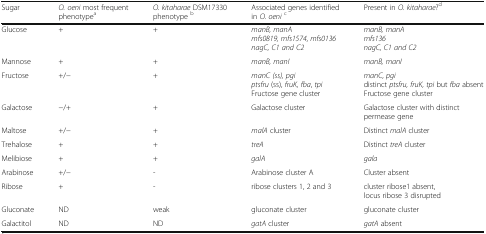
| Sugar | O. oeni most frequent phenotypea | O. kitaharae DSM17330phenotype b | Associated genes identified in O. oenic | Present in O. kitaharae?d |
 | --- | --- | --- | --- | --- |
 | Glucose | + | + | manB, manAmfs0819, mfs1574, mfs0136nagC, C1 and C2 | manB, manAmfs136nagC, C1 and C2 |
 | Mannose | + | + | manB, manI | manB, manI |
 | Fructose | +/− | + | manC (ss), pgiptsfru (ss), fruK, fba, tpiFructose gene cluster | manC, pgidistinct ptsfru, fruK, tpi but fba absentFructose gene cluster |
 | Galactose | −/+ | + | Galactose cluster | Galactose cluster with distinct permease gene |
 | Maltose | +/− | + | malA cluster | Distinct malA cluster |
 | Trehalose | + | + | treA | Distinct treA cluster |
 | Melibiose | + | + | galA | gala |
 | Arabinose | +/− | - | Arabinose cluster A | Cluster absent |
 | Ribose | + | - | ribose clusters 1, 2 and 3 | cluster ribose1 absent, locus ribose 3 disrupted |
 | Gluconate | ND | weak | gluconate cluster | gluconate cluster |
 | Galactitol | ND | ND | gatA cluster | gatA absent |